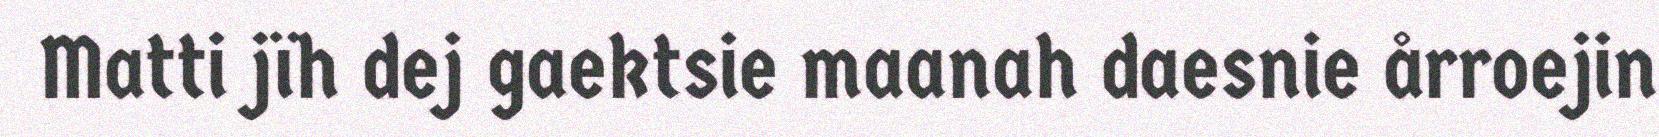
Matti jïh dej gaektsie maanah daesnie årroejin